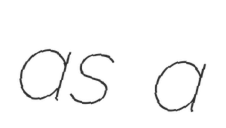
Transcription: as a